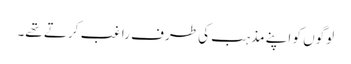
لوگوں کو اپنے مذہب کی طرف راغب کرتے تھے۔